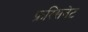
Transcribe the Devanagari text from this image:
फ्रस्सिनेट